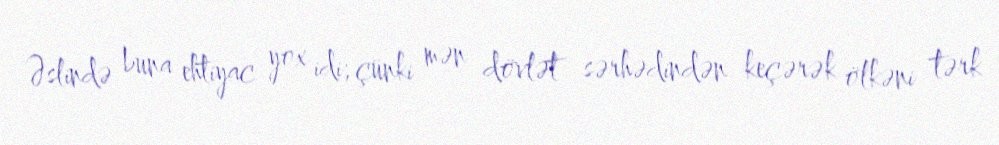
Əslində buna ehtiyac yox idi; çünki mən dövlət sərhədindən keçərək ölkəni tərk